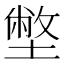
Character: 𡐞